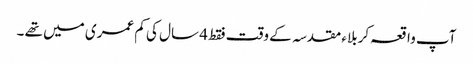
آپ واقعہ کربلاء مقدسہ کے وقت فقط 4 سال کی کم عمری میں تھے ۔